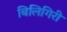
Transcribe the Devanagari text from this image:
बिलिगिरी